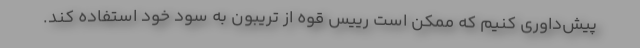
پیش‌داوری کنیم که ممکن است رییس قوه از تریبون به سود خود استفاده کند.